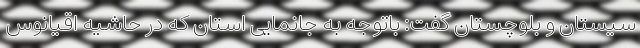
سیستان و بلوچستان گفت: باتوجه به جانمایی استان که در حاشیه اقیانوس